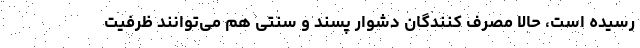
رسیده است، حالا مصرف کنندگان دشوار پسند و سنتی هم می‌توانند ظرفیت